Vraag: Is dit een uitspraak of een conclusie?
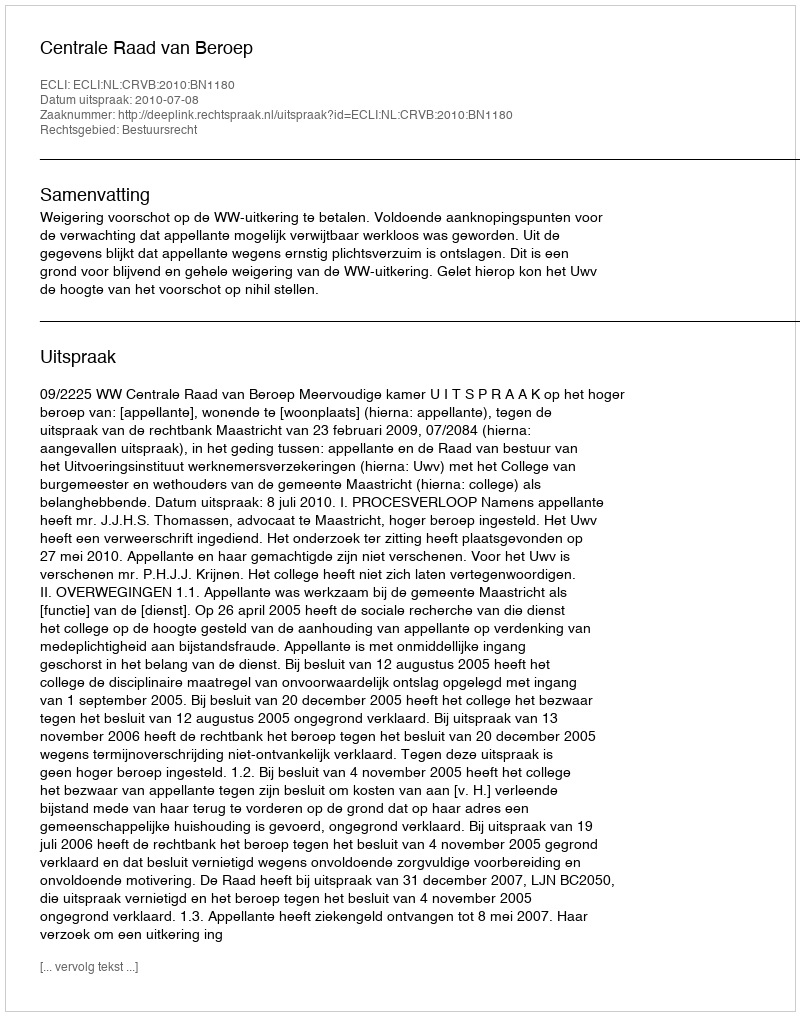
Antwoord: Uitspraak